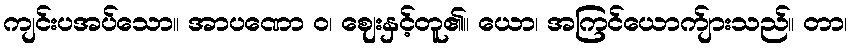
ကျင်းပအပ်သော။ အာပဏော ဝ၊ ဈေးနှင့်တူ၏။ ယော၊ အကြင်ယောက်ျားသည်။ တာ၊